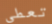
تعطى